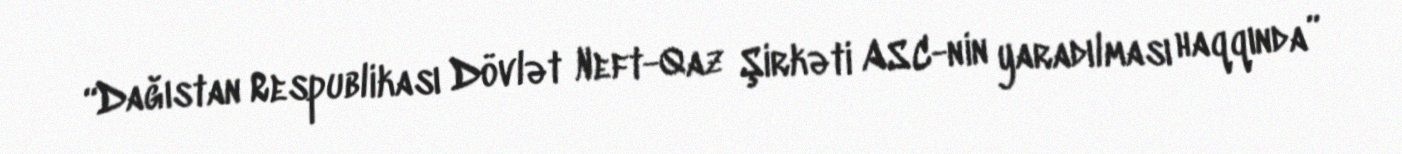
“Dağıstan Respublikası Dövlət Neft-Qaz Şirkəti ASC-nin yaradılması haqqında”